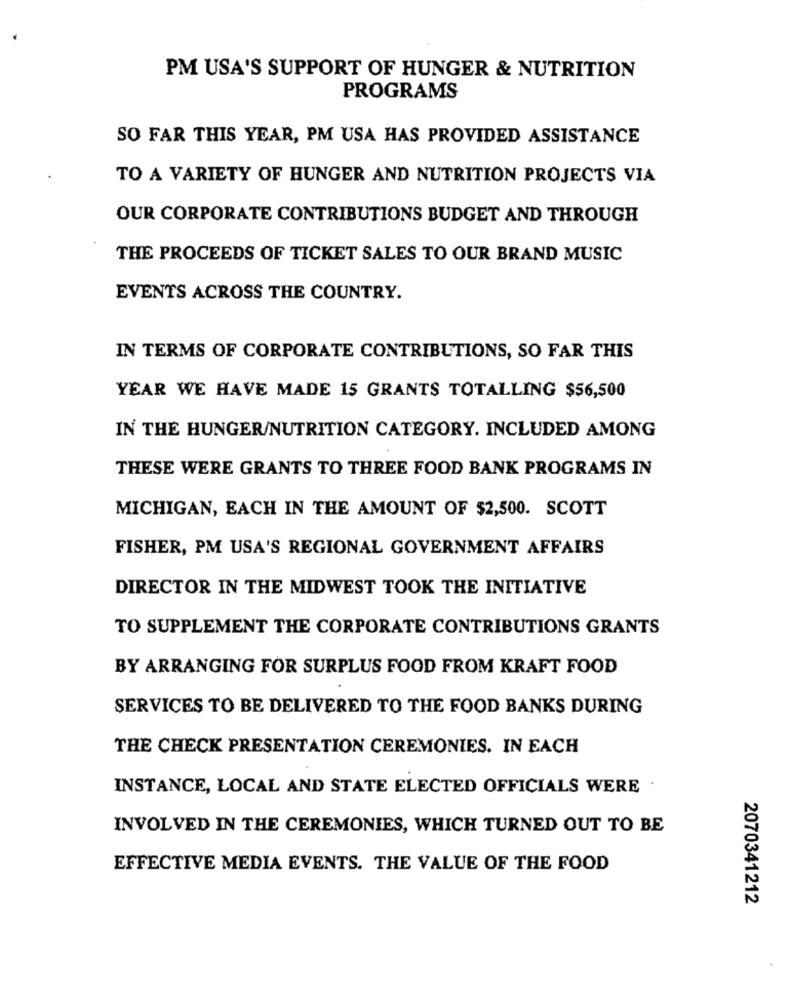
PM USA'S SUPPORT OF HUNGER & NUTRITION
PROGRAMS
SO FAR THIS YEAR, PM USA HAS PROVIDED ASSISTANCE
TO A VARIETY OF HUNGER AND NUTRITION PROJECTS VIA
OUR CORPORATE CONTRIBUTIONS BUDGET AND THROUGH
THE PROCEEDS OF TICKET SALES TO OUR BRAND MUSIC
EVENTS ACROSS THE COUNTRY.
IN TERMS OF CORPORATE CONTRIBUTIONS, SO FAR THIS
YEAR WE HAVE MADE 15 GRANTS TOTALLING $56,500
IN THE HUNGER/NUTRITION CATEGORY. INCLUDED AMONG
THESE WERE GRANTS TO THREE FOOD BANK PROGRAMS IN
MICHIGAN, EACH IN THE AMOUNT OF $2,500. SCOTT
FISHER, PM USA'S REGIONAL GOVERNMENT AFFAIRS
DIRECTOR IN THE MIDWEST TOOK THE INITIATIVE
TO SUPPLEMENT THE CORPORATE CONTRIBUTIONS GRANTS
BY ARRANGING FOR SURPLUS FOOD FROM KRAFT FOOD
SERVICES TO BE DELIVERED TO THE FOOD BANKS DURING
THE CHECK PRESENTATION CEREMONIES. IN EACH
INSTANCE, LOCAL AND STATE ELECTED OFFICIALS WERE
INVOLVED IN THE CEREMONIES, WHICH TURNED OUT TO BE
EFFECTIVE MEDIA EVENTS. THE VALUE OF THE FOOD
2070341212